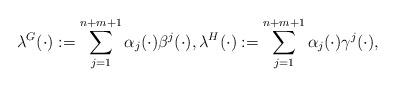
LaTeX: \begin{align*}\lambda^G(\cdot):=\sum_{j=1}^{n+m+1}\alpha_j(\cdot) \beta^j(\cdot),\lambda^H(\cdot):=\sum_{j=1}^{n+m+1} \alpha_j(\cdot)\gamma^j(\cdot),\end{align*}